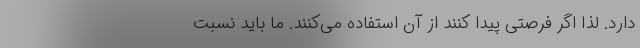
دارد. لذا اگر فرصتی پیدا کنند از آن استفاده می‌کنند. ما باید نسبت